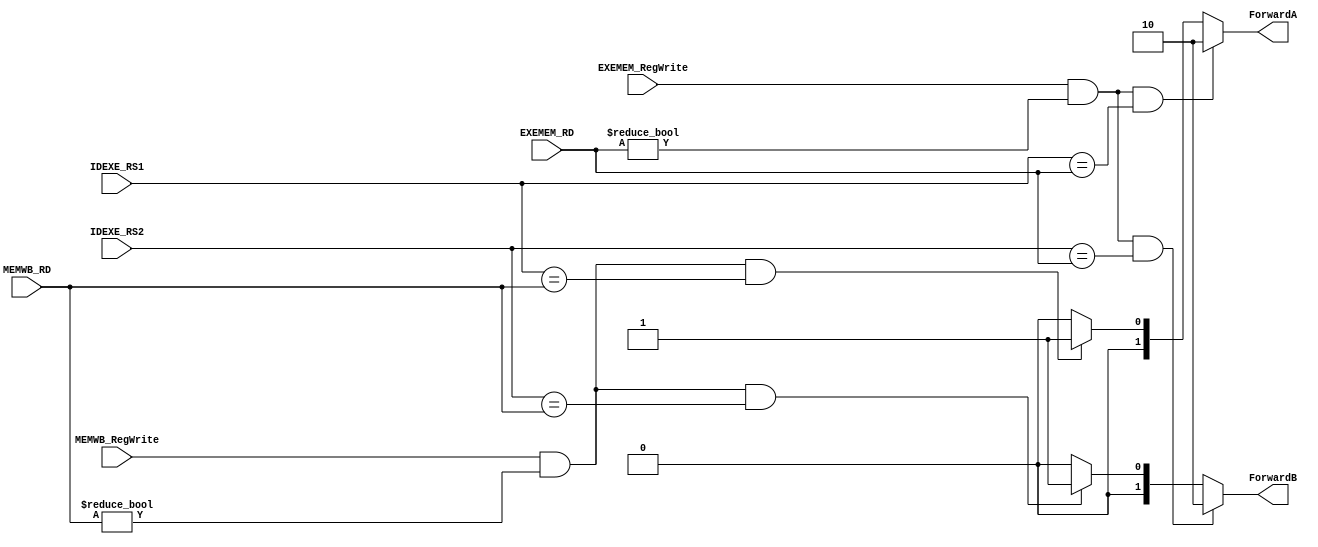
`timescale 1ns/1ps
module ForwardingUnit (
    input [5-1:0] IDEXE_RS1,
    input [5-1:0] IDEXE_RS2,
    input [5-1:0] EXEMEM_RD,
    input [5-1:0] MEMWB_RD,
    input         EXEMEM_RegWrite,
    input         MEMWB_RegWrite,
    output reg [2-1:0] ForwardA,
    output reg [2-1:0] ForwardB
);

always@(*) begin
    // Forward A
    /*
    EXEMEM_RegWrite==1'b1 or MEMWB_RegWrite==1'b1 -> need write back
    EXEMEM_RD!=0 or MEMWB_RD!=0 -> not nop
    IDEXE_RS1==EXEMEM_RD or IDEXE_RS1==MEMWB_RD -> data dependency occur
    */
    if((EXEMEM_RegWrite==1'b1) && (EXEMEM_RD!=0) && (IDEXE_RS1==EXEMEM_RD)) begin
        ForwardA = 2'b10; // ALUSrc1 = ALUResult
    end
    else if((MEMWB_RegWrite==1'b1) && (MEMWB_RD!=0) && (IDEXE_RS1==MEMWB_RD)) begin
        ForwardA = 2'b01; // ALUSrc1 = MUXMemtoReg_o
    end
    else begin
        ForwardA = 2'b00; // other -> ALUSrc1 = RTdata or Imm (chosen by ALUSrc) 
    end
    
    // Forward B
    if((EXEMEM_RegWrite==1'b1) && (EXEMEM_RD!=0) && (IDEXE_RS2==EXEMEM_RD)) begin
        ForwardB = 2'b10; // ALUSrc2 = ALUResult
    end
    else if((MEMWB_RegWrite==1'b1) && (MEMWB_RD!=0) && (IDEXE_RS2==MEMWB_RD)) begin
        ForwardB = 2'b01; // ALUSrc1 = MUXMemtoReg_o
    end
    else begin
        ForwardB = 2'b00; // other -> ALUSrc1 = RTdata or Imm (chosen by ALUSrc) 
    end
end
endmodule